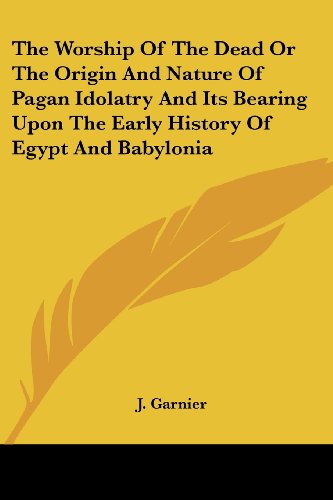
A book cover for The Worship Of The Dead Or The Origin And Nature Of Pagan Idolatry And Its Bearing Upon The Early History Of Egypt And Babylonia; J. Garnier; Religion & Spirituality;